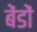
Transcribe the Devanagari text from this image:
बेंडों